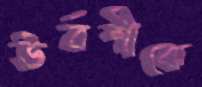
উর্বশীকে